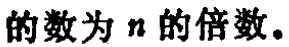
的数为 \(n\) 的倍数。